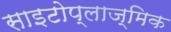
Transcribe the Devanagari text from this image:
साइटोप्लाज्मिक